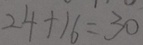
2 4 + 1 6 = 3 0